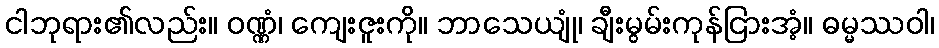
ငါဘုရား၏လည်း။ ဝဏ္ဏံ၊ ကျေးဇူးကို။ ဘာသေယျုံ၊ ချီးမွမ်းကုန်ငြားအံ့။ ဓမ္မဿဝါ၊